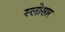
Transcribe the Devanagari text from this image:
स्लोसार